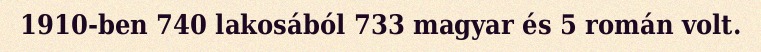
1910-ben 740 lakosából 733 magyar és 5 román volt.